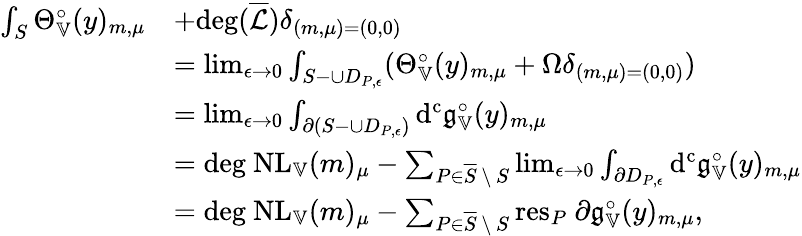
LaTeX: \begin{array}{rl}{\int_{S}\Theta_{\mathbb{V}}^{\circ}(y)_{m,\mu}}&{+\mathrm{deg}(\overline{{\mathcal{L}}})\delta_{(m,\mu)=(0,0)}}\\ &{=\operatorname*{lim}_{\epsilon\to 0}\int_{S-\cup D_{P,\epsilon}}(\Theta_{\mathbb{V}}^{\circ}(y)_{m,\mu}+\Omega\delta_{(m,\mu)=(0,0)})}\\ &{=\operatorname*{lim}_{\epsilon\to 0}\int_{\partial(S-\cup D_{P,\epsilon})}\mathrm{d^{c}}\mathfrak{g}_{\mathbb{V}}^{\circ}(y)_{m,\mu}}\\ &{=\mathrm{deg}\ \mathrm{NL}_{\mathbb{V}}(m)_{\mu}-\sum_{P\in\overline{{S}}\, \backslash\, S}\operatorname*{lim}_{\epsilon\to 0}\int_{\partial D_{P,\epsilon}}\mathrm{d^{c}}\mathfrak{g}_{\mathbb{V}}^{\circ}(y)_{m,\mu}}\\ &{=\mathrm{deg}\ \mathrm{NL}_{\mathbb{V}}(m)_{\mu}-\sum_{P\in\overline{{S}}\, \backslash\, S}\mathrm{res}_{P}\ \partial\mathfrak{g}_{\mathbb{V}}^{\circ}(y)_{m,\mu},}\end{array}